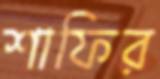
শাফির